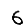
Digit: 6